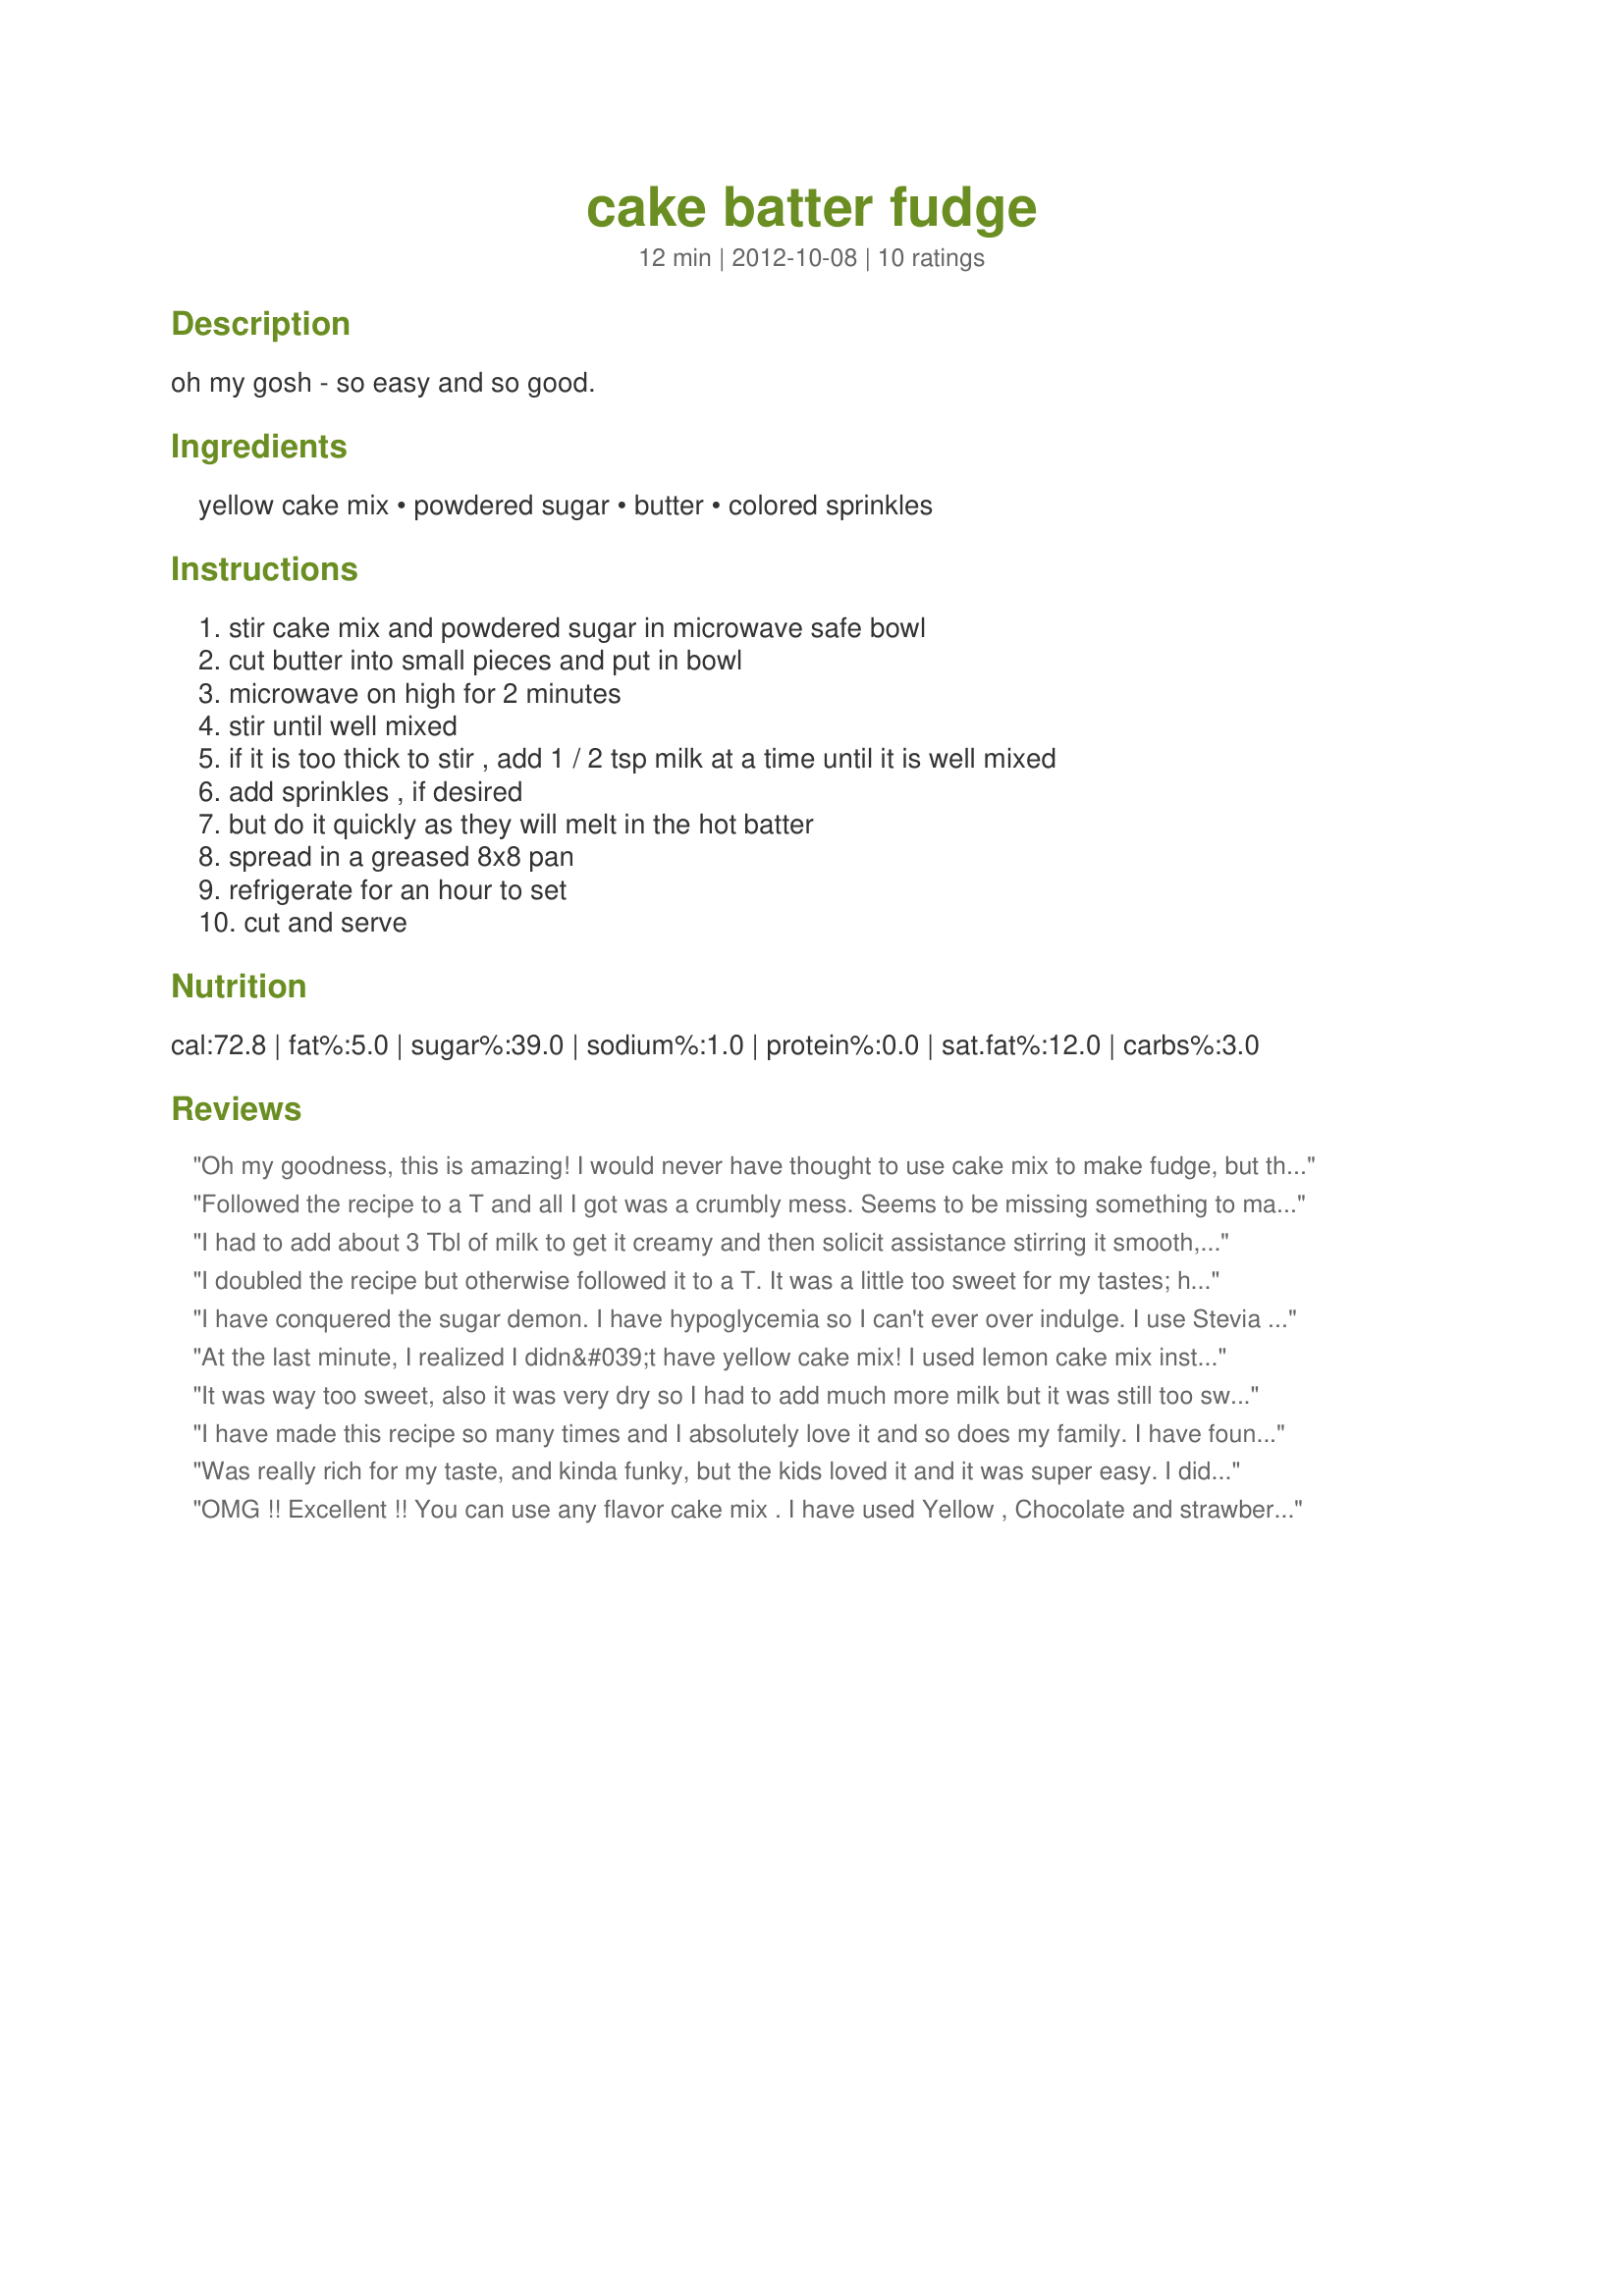
cake batter fudge
Preparation time: 12 minutes

oh my gosh - so easy and so good.

Ingredients:
yellow cake mix, powdered sugar, butter, colored sprinkles

Steps:
stir cake mix and powdered sugar in microwave safe bowl, cut butter into small pieces and put in bowl, microwave on high for 2 minutes, stir until well mixed, if it is too thick to stir , add 1 / 2 tsp milk at a time until it is well mixed, add sprinkles , if desired, but do it quickly as they will melt in the hot batter, spread in a greased 8x8 pan, refrigerate for an hour to set, cut and serve

Reviews:
Oh my goodness, this is amazing! I would never have thought to use cake mix to make fudge, but this is honestly so scrumptious and SO easy to make! A total winner here!
Followed the recipe to a T and all I got was a crumbly mess. Seems to be missing something to make it hold together.
I had to add about 3 Tbl of milk to get it creamy and then solicit assistance stirring it smooth, but it&#039;s heavenly. I used the Betty Crocker Devils food with pudding in the mix and it smells like hot chocolate in fudge form!
I doubled the recipe but otherwise followed it to a T. It was a little too sweet for my tastes; however, it looks like at least one of my kids like it. Next time maybe I wouldn't add so much powdered sugar and perhaps put in a drop of vanilla into the butter before mixing it into the cake mix. Thanks for sharing.
I have conquered the sugar demon. I have hypoglycemia so I can't ever over indulge. I use Stevia or Splenda for baking by putting the Splenda in a blender and whirring it...it turns to powder..I then add a tablespoon of cornstarch to each cup of 'powdered sugar'. Voila! Confectioners sugar!
At the last minute, I realized I didn&#039;t have yellow cake mix! I used lemon cake mix instead. Very lemony and sweet, but still worked!
It was way too sweet, also it was very dry so I had to add much more milk but it was still too sweet. Also, the texture was very grainy and unenjoyable. I just can't get past the weird texture l. Please fix this, thank you
I have made this recipe so many times and I absolutely love it and so does my family. I have found that when making a batch, you are left with about 1 cup of cake powder! It's possible to make a smaller batch, but if you make it with 1 cup of cake batter and 1 cup of powder sugar, use only 1/4 of butter, and when baking in the microwave, ONLY BAKE FOR 1 MINUTE or you will end up with a crumbly burned mess. This recipe is so simple and easy to do, and I enjoy making it... especially eating it afterwards!
Was really rich for my taste, and kinda funky, but the kids loved it and it was super easy. I didnt use a whole box of mix tho, and it seemed to me that the recipe should have.
OMG !! Excellent !! You can use any flavor cake mix . I have used Yellow , Chocolate and strawberry but it becomes very rich with the strawberry so I use 1 cup strawberry and 1 cup yellow and its perfect . This is an awesome and easy recipe and I now use all the time . Thank You !
